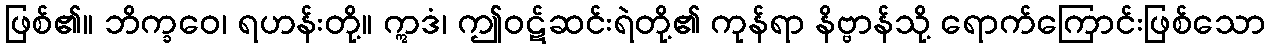
ဖြစ်၏။ ဘိက္ခဝေ၊ ရဟန်းတို့။ ဣဒံ၊ ဤဝဋ်ဆင်းရဲတို့၏ ကုန်ရာ နိဗ္ဗာန်သို့ ရောက်ကြောင်းဖြစ်သော